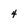
Character: 4